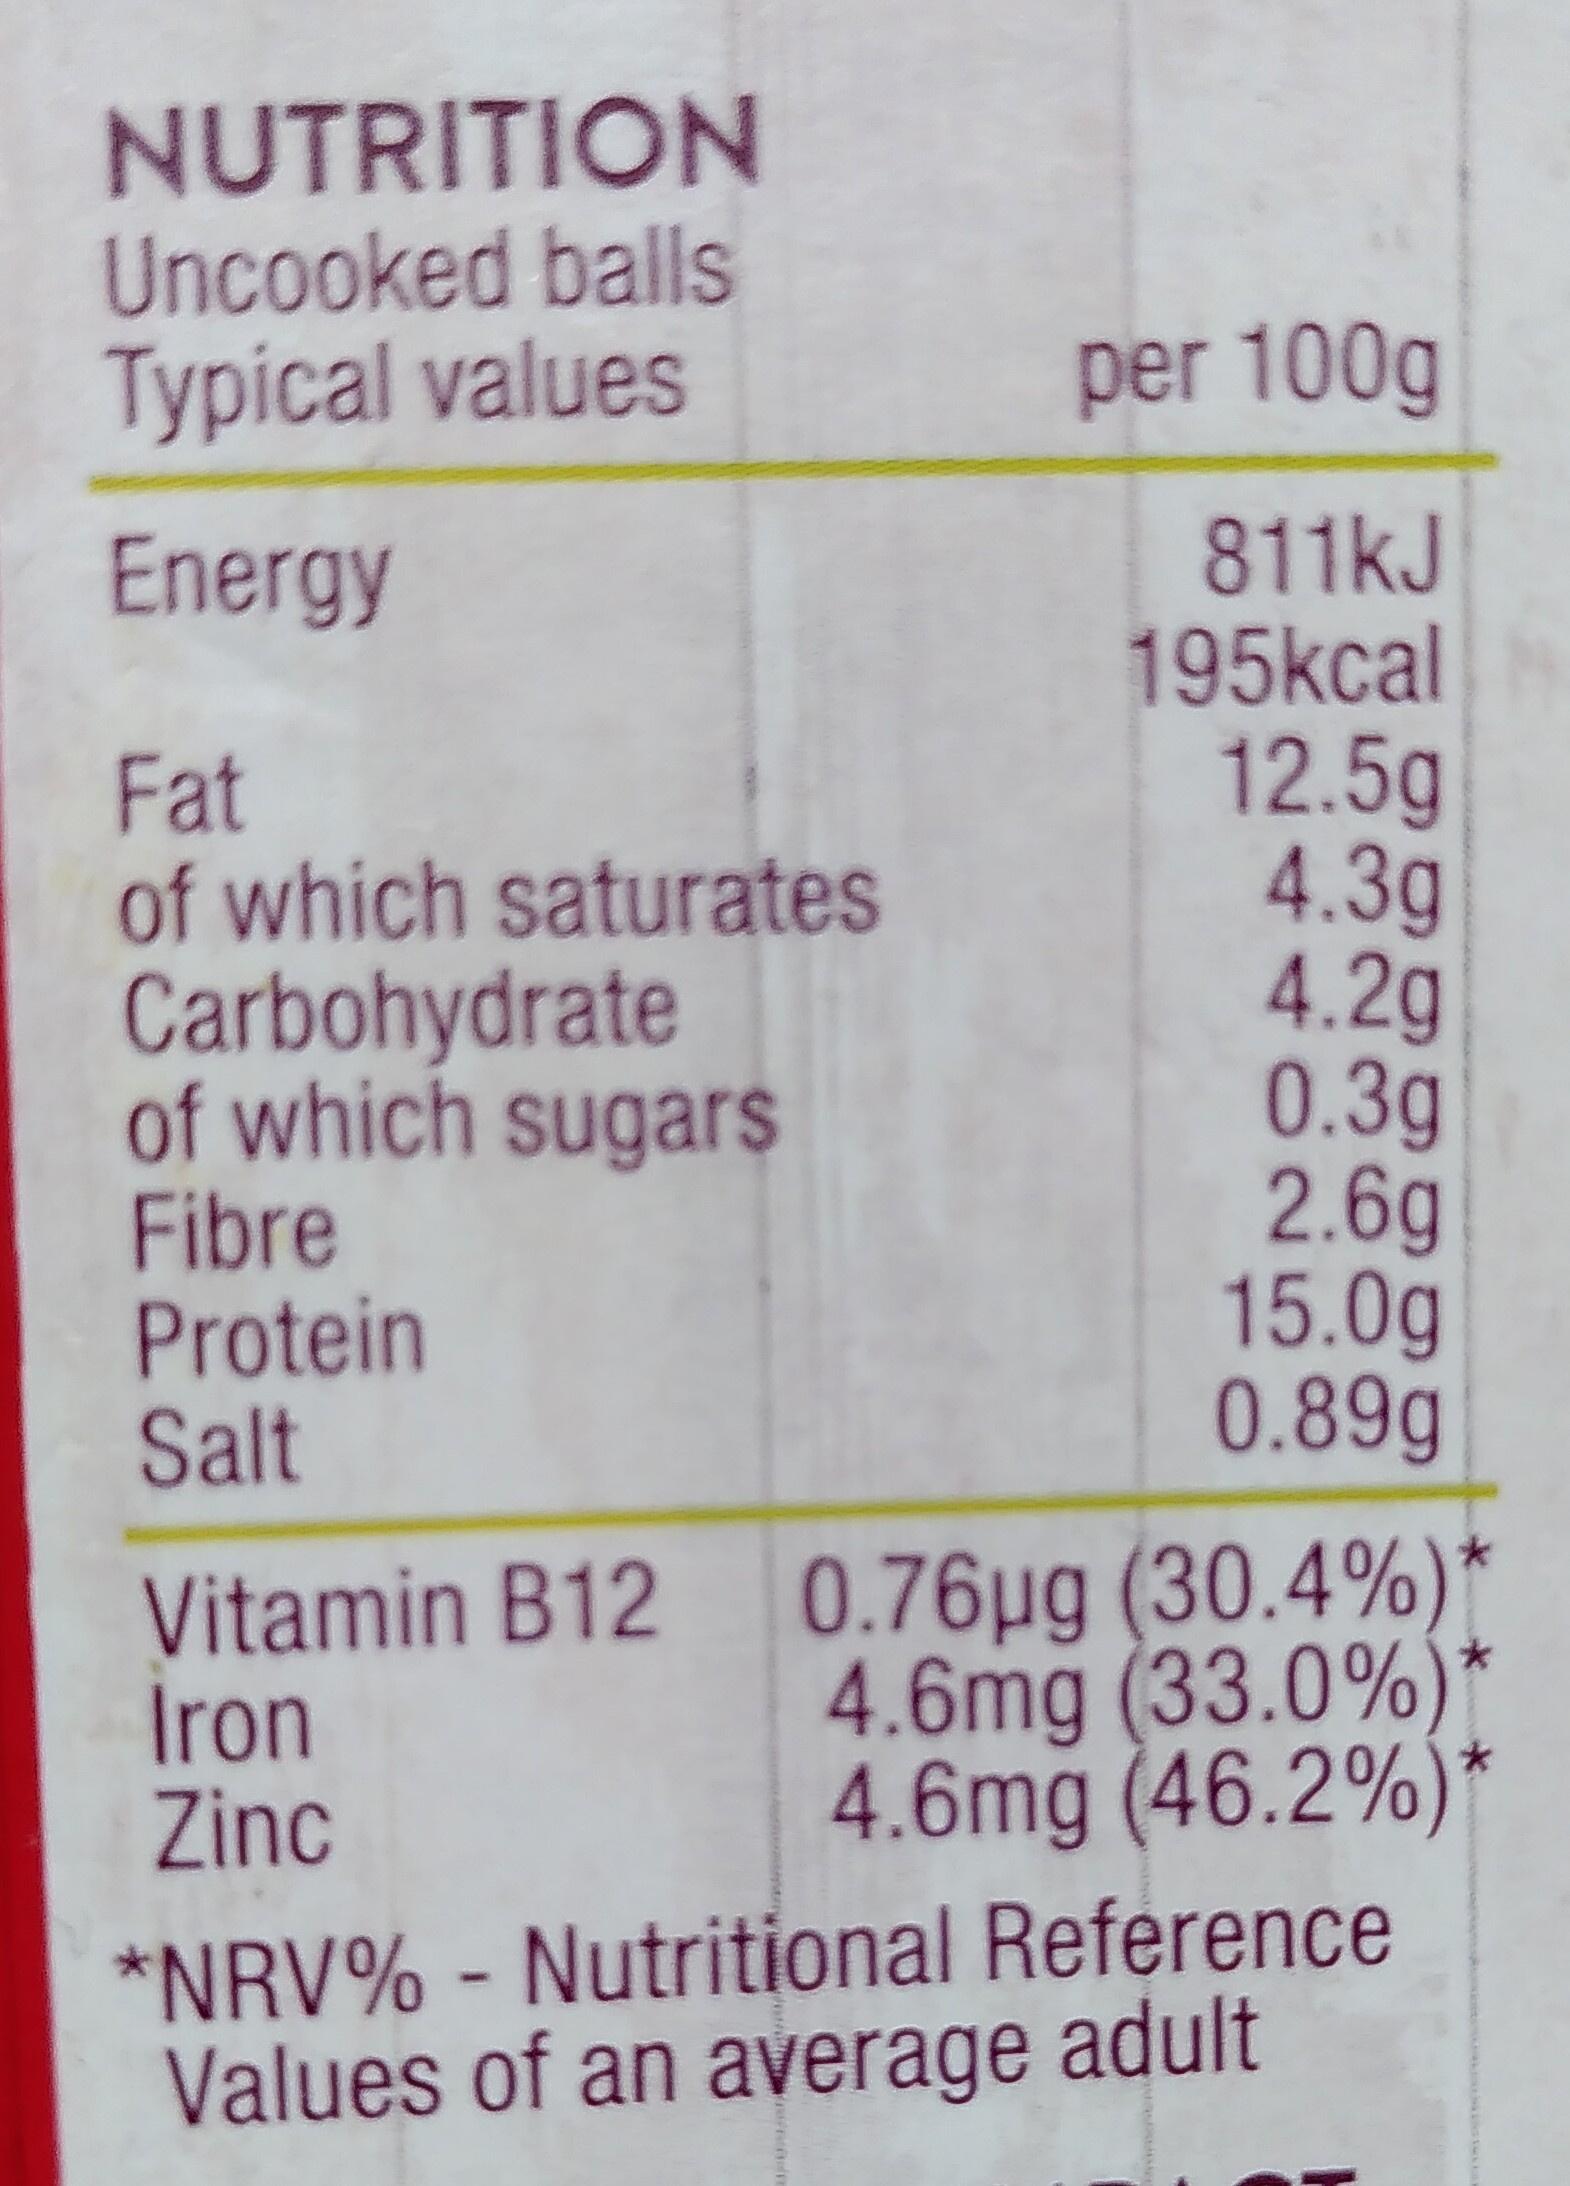
NUTRITION
Uncooked balls Typical values
Energy
Fat
of which saturates
Carbohydrate of which sugars
Fibre
Protein
Salt
per 100g
811kJ
195kcal
12.5g
4.3g
4.2g
0.3g
2.6g
Iron
Zinc
15.0g
0.89g
Vitamin B12 0.76µg (30.4%)*
4.6mg (33.0%)* 4.6mg (46.2%)*
*NRV% - Nutritional Reference Values of an average adult